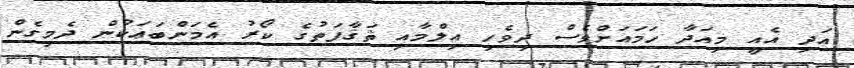
އަދި އެއީ މިއަދާ ހަމައަށްވެސް ދިވެހި އިލްމާއި ޘަޤާފަތުގެ ކޯރު އެމަންބަޢަކުން ދެމިގެން